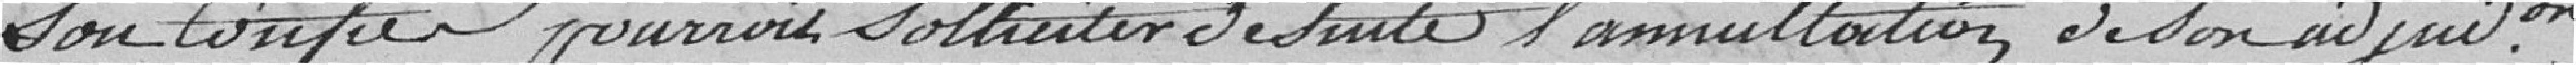
sont confiés pourroit solliciter de suite l'annulation de son adjudication